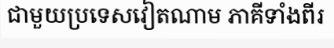
ជាមួយប្រទេសវៀតណាម ភាគីទាំងពីរ